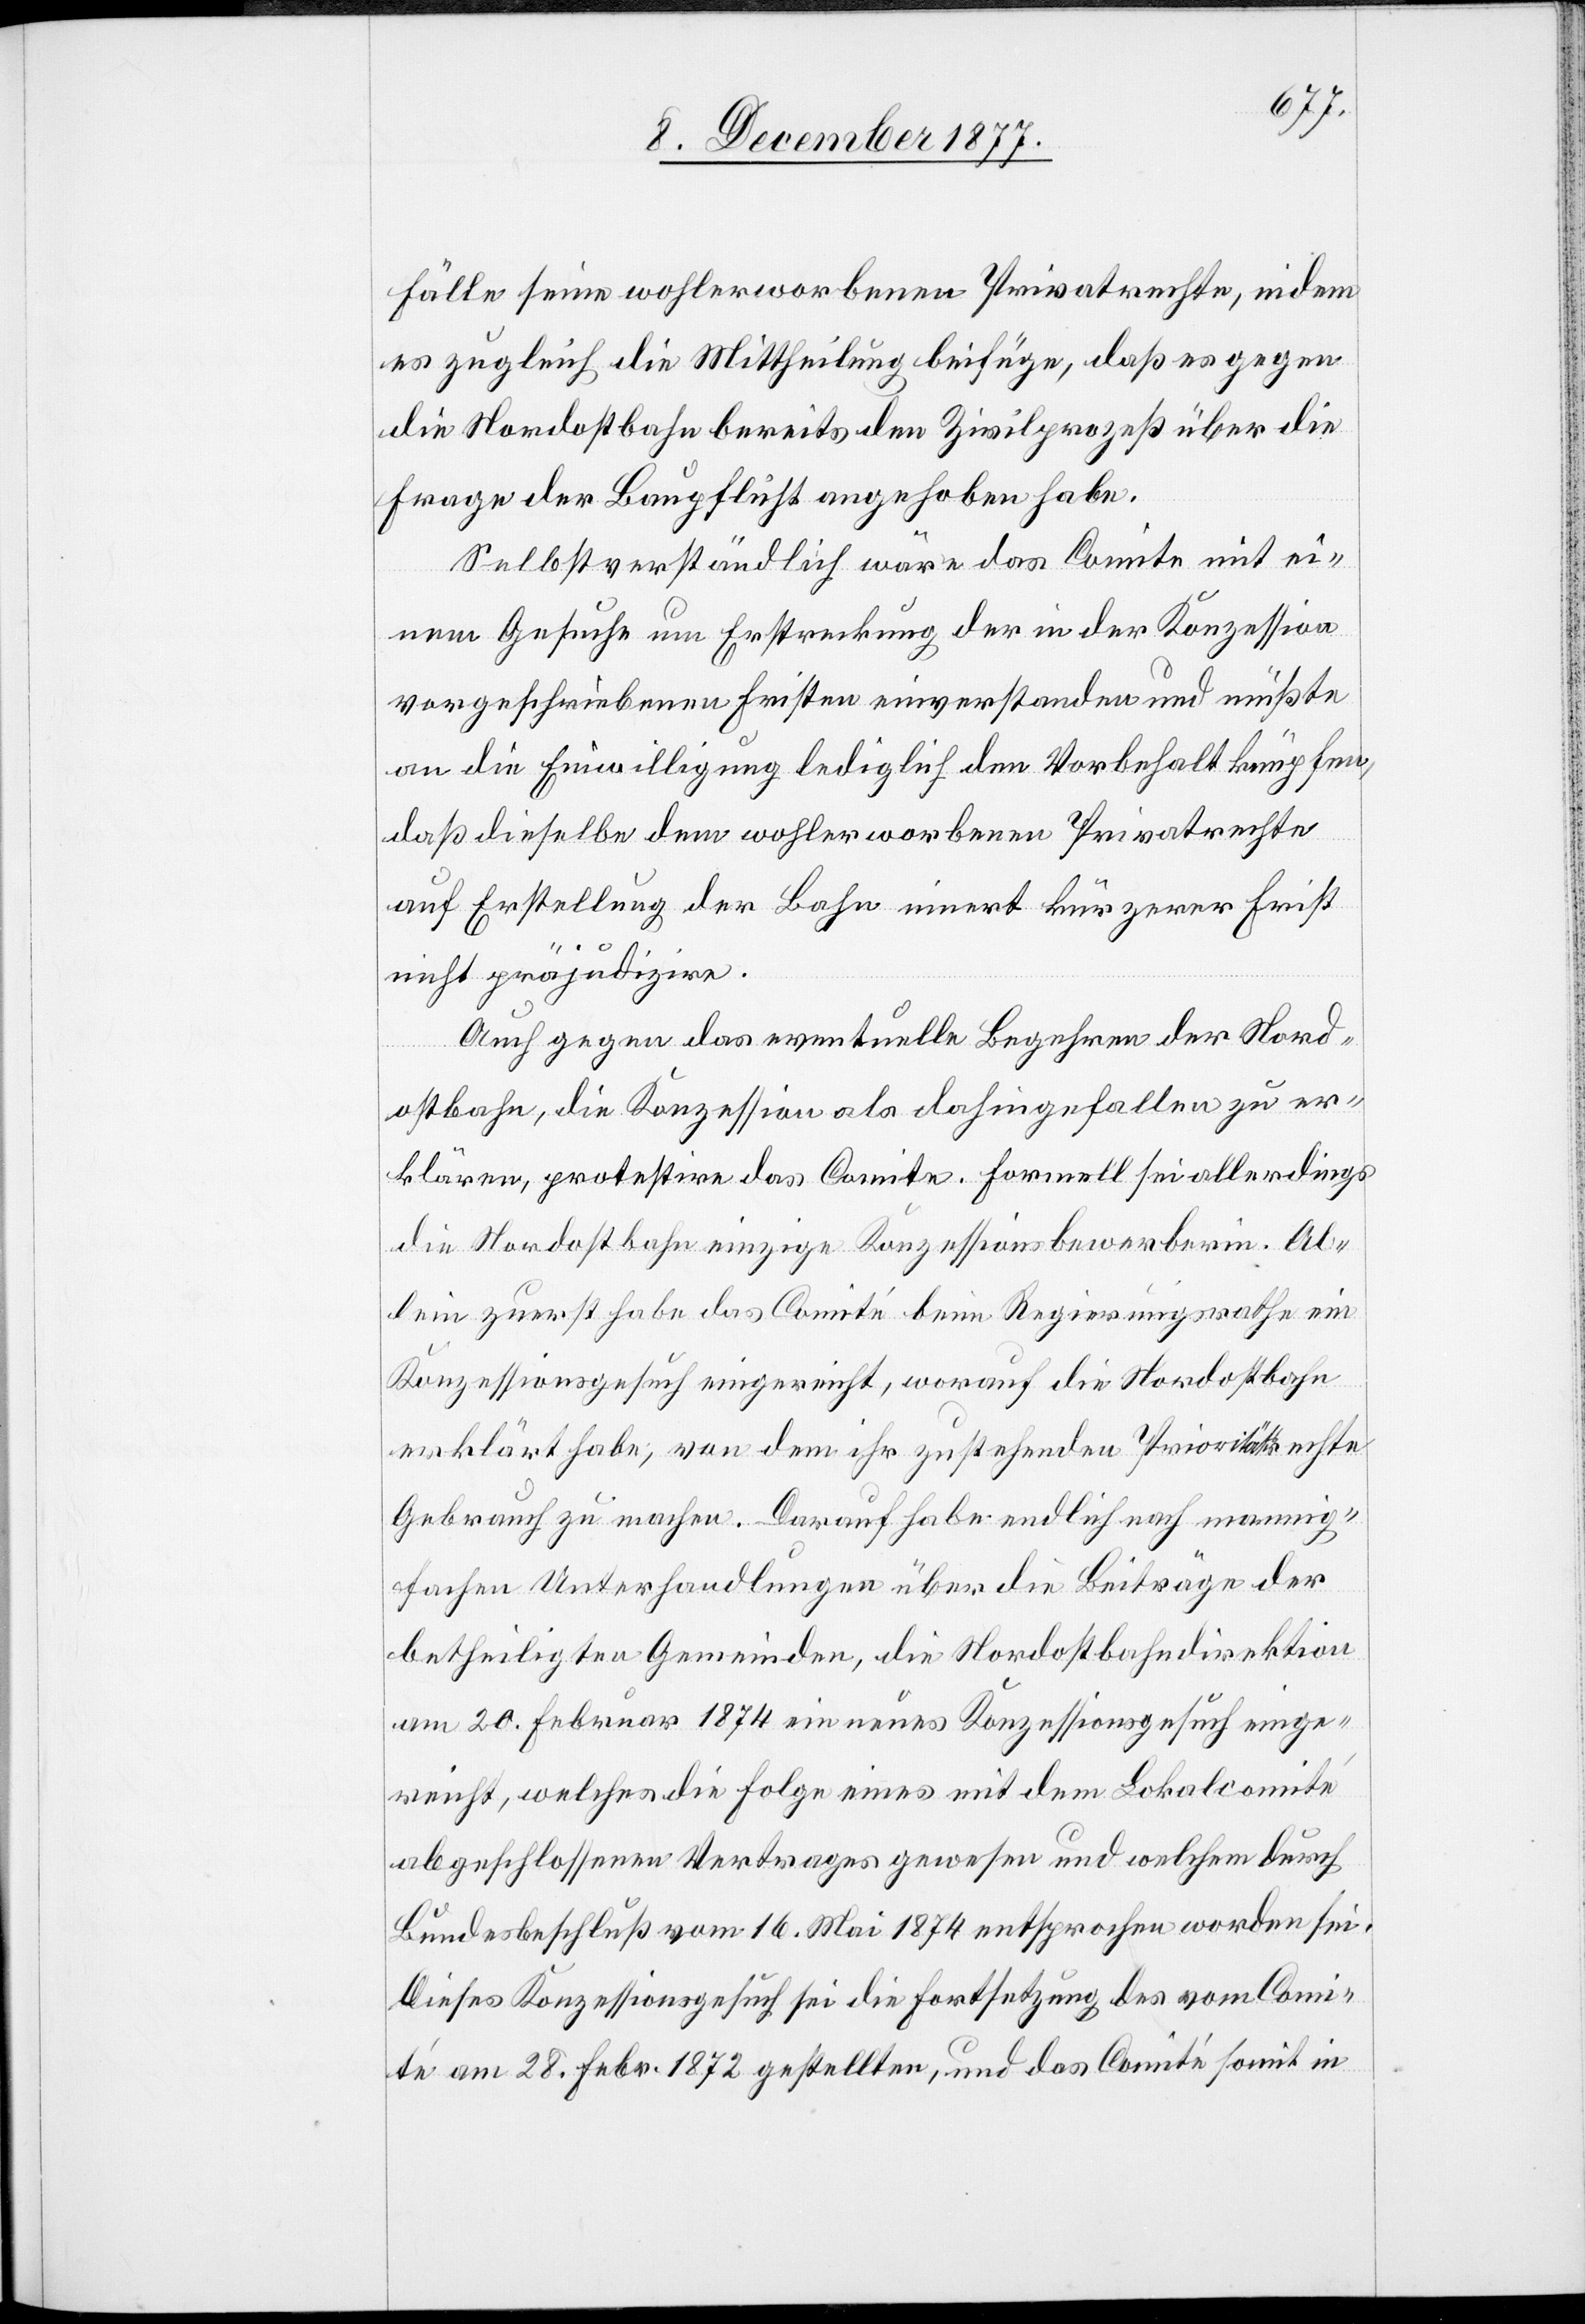
Fälle seine wohlerworbenen Privatrechte, indem
es zugleich die Mittheilung beifüge, daß es gegen
die Nordostbahn bereits den Zivilprozeß über die
Frage der Baupflicht angehoben habe.
Selbstverständlich wäre das Comite mit ei¬
nem Gesuche um Erstreckung der in der Konzession
vorgeschriebenen Fristen einverstanden und müßte
an die Einwilligung lediglich den Vorbehalt knüpfen,
daß dieselbe dem wohlerworbenen Privatrechte
auf Erstellung der Bahn innert kürzerer Frist
nicht präjudizire.
Auch gegen das eventuelle Begehren der Nord¬
ostbahn, die Konzession als dahingefallen zu er¬
klären, protestire das Comite. Formell sei allerdings
die Nordostbahn einzige Konzessionsbewerberin. Al¬
lein zuerst habe das Comité beim Regierungsrathe ein
Konzessionsgesuch eingereicht, worauf die Nordostbahn
erklärt habe, von dem ihr zustehenden Prioritätsrechte
Gebrauch zu machen. Darauf habe endlich nach mannig¬
fachen Unterhandlungen über die Beiträge der
betheiligten Gemeinden, die Nordostbahndirektion
am 20. Februar 1874 ein neues Konzessionsgesuch einge¬
reicht, welches die Folge eines mit dem Lokalcomité
abgeschlossenen Vertrages gewesen und welchem durch
Bundesbeschluß vom 16. Mai 1874 entsprochen worden sei.
Dieses Konzessionsgesuch sei die Fortsetzung des vom Comi¬
té am 28. Febr. 1872 gestellten, und das Comité somit in